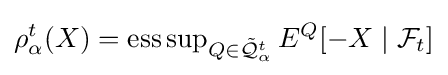
\rho _{\alpha }^{t}(X)=\operatorname {ess\sup } _{Q\in {\tilde {\mathcal {Q}}}_{\alpha }^{t}}E^{Q}[-X\mid {\mathcal {F}}_{t}]